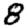
Digit: 8